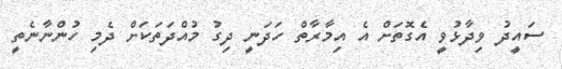
ސައީދު ވިދާޅުވީ އެގޮތަށް އެ އިމާރާތް ހަދަނީ ދިގު މުއްދަތަކަށް ދެމި ހުންނާނެތީ